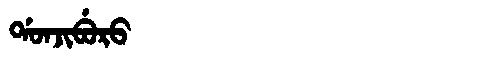
Manchu: ᡩᠣᠨᠵᡳᠪᡠᡵᠣ
Romanization: DONJIBURO